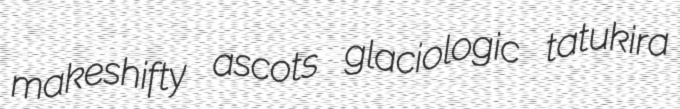
makeshifty ascots glaciologic tatukira